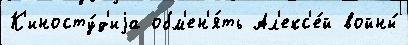
К'иносту́д'иjа обм'ен'я́ть Ал'екс'е́й войны́